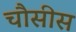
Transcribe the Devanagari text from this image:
चौसीस